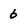
Character: 6